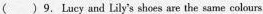
()9. Lucy and Lily's shoes are the same colours.